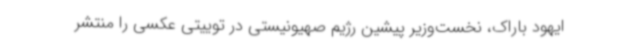
ایهود باراک، نخست‌وزیر پیشین رژیم صهیونیستی در توییتی عکسی را منتشر